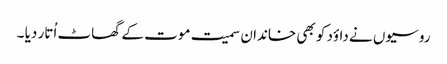
روسیوں نے داؤد کو بھی خاندان سمیت موت کے گھاٹ اُتار دیا ۔